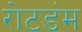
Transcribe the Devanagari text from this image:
रोटडंम